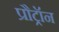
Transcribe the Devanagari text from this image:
प्रौट्रॉन